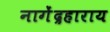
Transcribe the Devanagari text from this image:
नागेंद्रहाराय